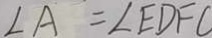
\angle A = \angle E D F C